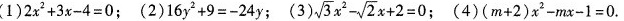
(1)$$2x^{2}+3x-4=0$$；(2)$16y^{2}+9=-24y；(3) $$\sqrt{3}x^{2}- \sqrt{2}x+2=0$$ ；(4)$$(m+2)x-^{2}mx-1=0$$.